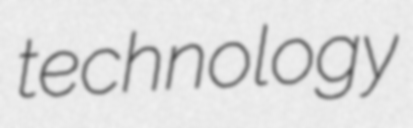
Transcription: technology